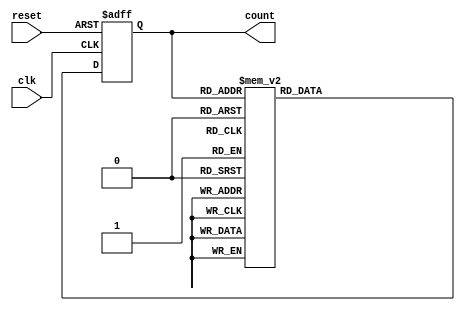
module decade_ring_counter (
    input wire clk,        // Clock input
    input wire reset,      // Asynchronous reset input
    output reg [3:0] count // 4-bit output representing the current count
);

// State transition logic
always @(posedge clk or posedge reset) begin
    if (reset) begin
        count <= 4'b0000; // Reset counter to 0000
    end else begin
        case (count)
            4'b0000: count <= 4'b0001; // State 0 to 1
            4'b0001: count <= 4'b0010; // State 1 to 2
            4'b0010: count <= 4'b0011; // State 2 to 3
            4'b0011: count <= 4'b0100; // State 3 to 4
            4'b0100: count <= 4'b0101; // State 4 to 5
            4'b0101: count <= 4'b0110; // State 5 to 6
            4'b0110: count <= 4'b0111; // State 6 to 7
            4'b0111: count <= 4'b1000; // State 7 to 8
            4'b1000: count <= 4'b1001; // State 8 to 9
            4'b1001: count <= 4'b0000; // State 9 back to 0
            default: count <= 4'b0000; // Default case to handle invalid states
        endcase
    end
end

endmodule